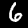
Digit: 6